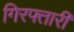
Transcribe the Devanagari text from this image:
गिरफ्तारी